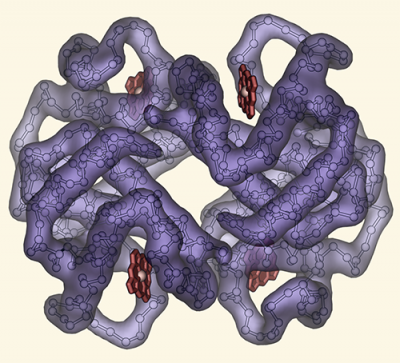
pymol, Irving Geis, carbon atom backbone, iterate, gaussian_b_floor, gaussian_resolution, map_new, cartoon_ring, pseudoatom, isosurface